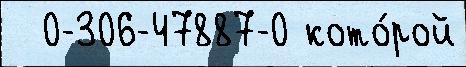
  0-306-47887-0 кото́рой